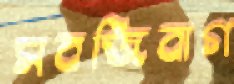
সবজিবাগ